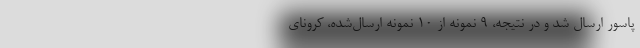
پاسور ارسال شد و در نتیجه، 9 نمونه از 10 نمونه ارسال‌شده، کرونای